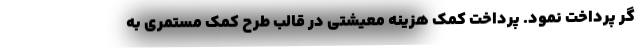
گر پرداخت نمود. پرداخت کمک هزینه معیشتی در قالب طرح کمک مستمری به